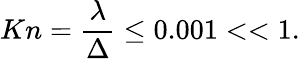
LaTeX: Kn=\frac{\lambda}{\Delta}\leq 0.001<<1.